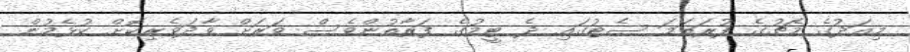
މިއަދުގެ މެޗުގެ ފުރަތަމަ ސެޓުގައި ދެ ޓީމުގެ ފަރާތުންވެސް ވަރަށް ވާދަވެރިކޮށް ކުޅެމުން